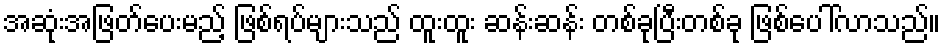
အဆုံးအဖြတ်ပေးမည့် ဖြစ်ရပ်များသည် ထူးထူး ဆန်းဆန်း တစ်ခုပြီးတစ်ခု ဖြစ်ပေါ်လာသည်။